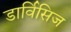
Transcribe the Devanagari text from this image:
डार्विसिज